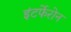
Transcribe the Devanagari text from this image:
इंटर्फेरोन